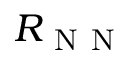
R _ { \mathrm { ~ N ~ N ~ } }